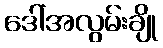
ဒေါ်အလွမ်းချို